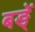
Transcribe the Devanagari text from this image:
बङ्ें